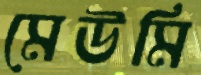
মেউমি